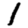
Digit: 1